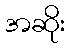
အဆိုး